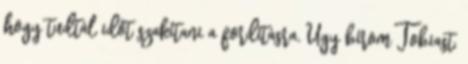
hogy tudtál időt szakítani a fordításra. Úgy bírom Tobiast,